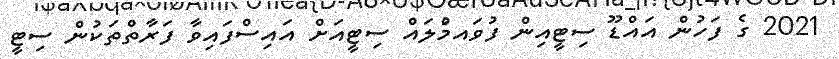
2021 ގެ ފަހުން އައްޑޫ ސިޓީއިން ފުވައމްުލައް ސިޓީއަށް އައިސްފައިވާ ފަރާތްތަކުން ސިޓީ